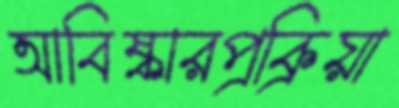
আবিষ্কারপ্রক্রিয়া